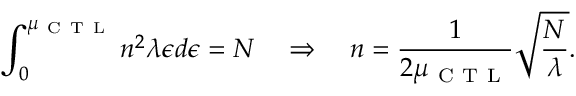
\int _ { 0 } ^ { \mu _ { \mathrm { ~ C ~ T ~ L ~ } } } n ^ { 2 } \lambda \epsilon d \epsilon = N \quad \Rightarrow \quad n = \frac { 1 } { 2 \mu _ { \mathrm { ~ C ~ T ~ L ~ } } } \sqrt { \frac { N } { \lambda } } .